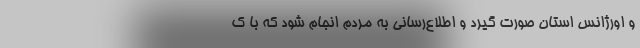
و اورژانس استان صورت گیرد و اطلاع‌رسانی به مردم انجام شود که با ک